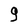
Character: 9